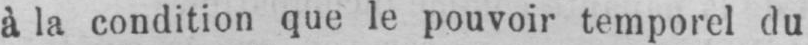
à la condition que le pouvoir temporel du